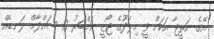
އޭގެ ނަތީޖާ އަކަށް ވީ މިލަދޫގެ ޖޯޒީ ނަމްބަރު 10 ސައްދާމް ލަނޑެއް